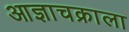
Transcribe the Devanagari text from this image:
आज्ञाचक्राला